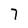
Character: 7